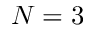
N = 3